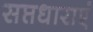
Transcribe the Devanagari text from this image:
सप्तधाराएं